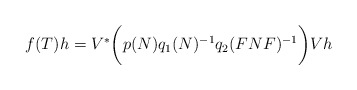
\begin{align*}f(T)h=V^*\bigg(p(N)q_1(N)^{-1}q_2(FNF)^{-1}\bigg)Vh\end{align*}